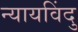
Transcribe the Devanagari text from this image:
न्यायविंदु